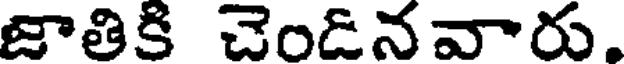
జాతికి చెండినవారు,